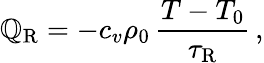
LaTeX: \mathbb{Q}_{\mathrm{{R}}}=-c_{v}\rho_{0}\, \frac{{T-T_{0}}}{{\tau_{\mathrm{{R}}}}}\, ,